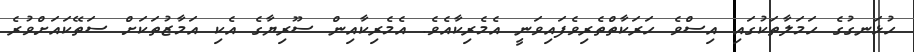
ހުޅަނގުގެ ހަމަލާތަކުގައި އިސްވެ ހަރަކާތްތެރިވެފައިވަނީ އެމެރިކާއެވެ. އެމެރިކާއިން ސޫރިޔާގެ އެކި އަމާޒުތަކަށް ސަތޭކައަށްވުރެ